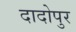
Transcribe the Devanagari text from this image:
दादोपुर